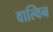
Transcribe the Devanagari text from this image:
वाल्विन